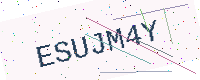
Text: ESUJM4Y